Voisiku_vallavalitsus, lk 256
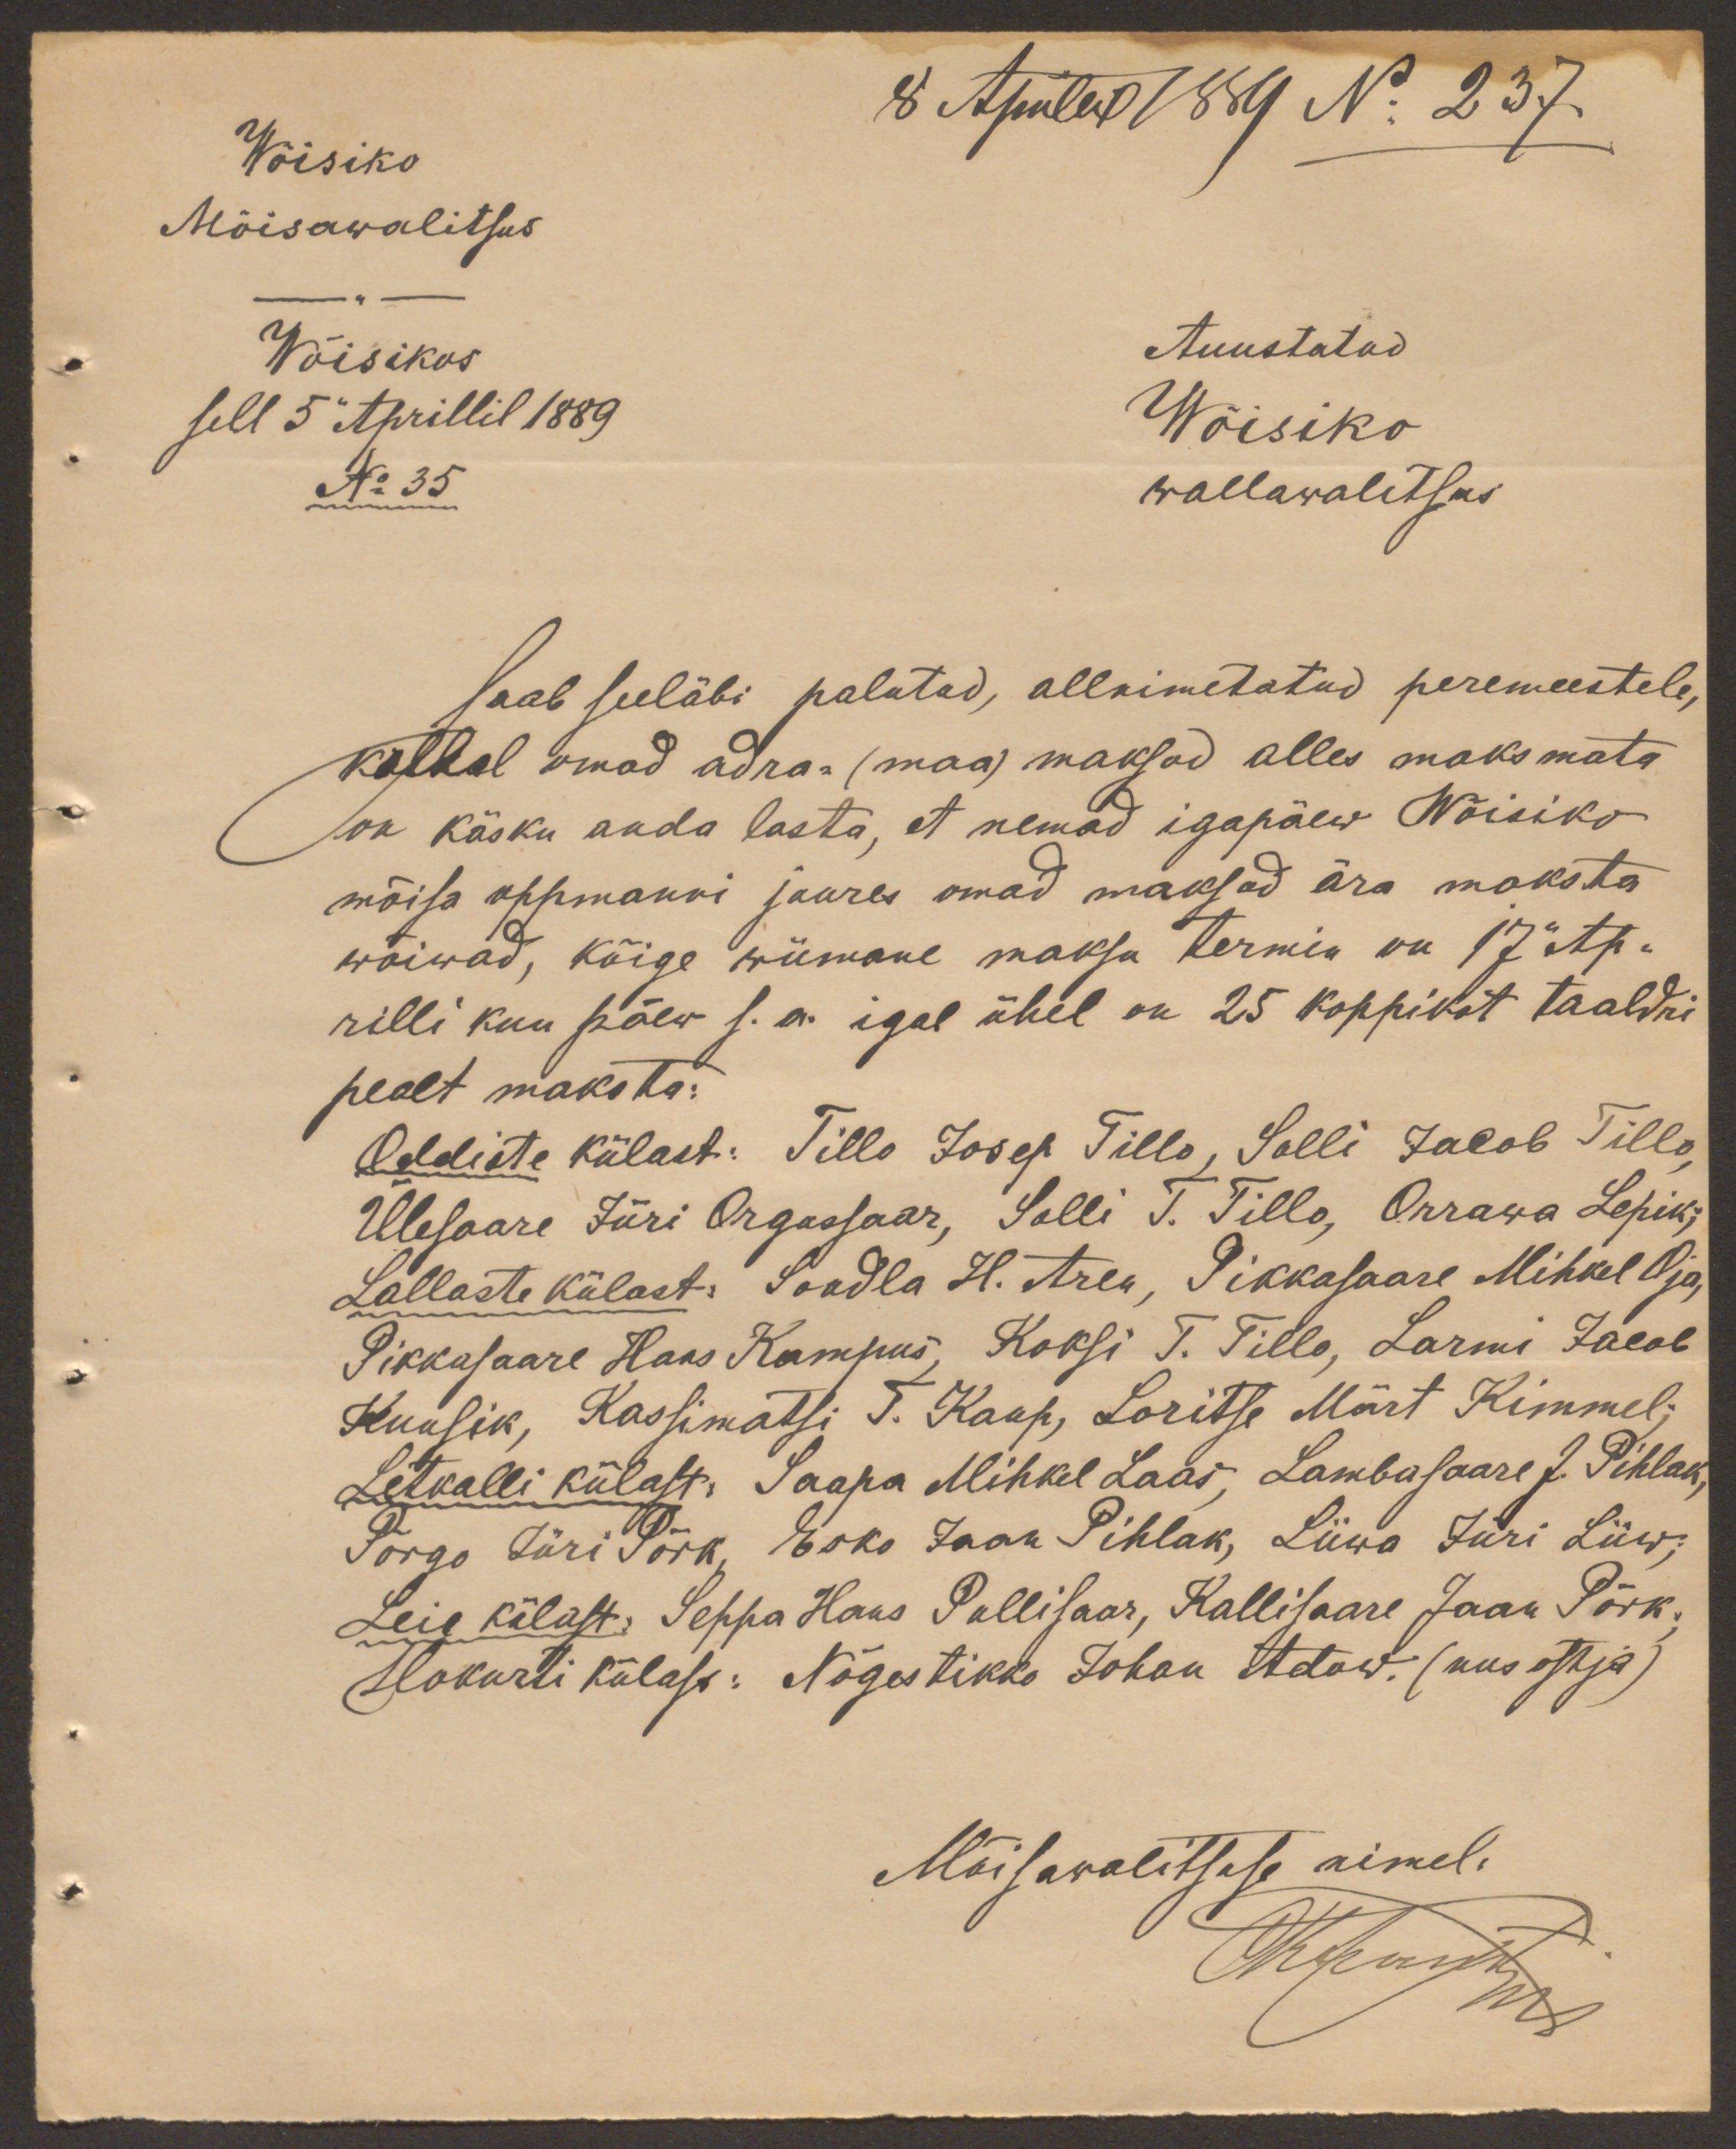
Wõisiko
8 Aprilil 1889 No 237.
Mõisawalitsus
Wõisikos
Auustatud
sell 5. Aprillil 1889
Wõisiko
No 35
wallawalitsus
saab seeläbi palutud, allnimetatud peremeestele,
kellel omad adra- (maa) maksud alles maksmata
on käsku anda lasta, et nemad igapäew Wõisiko
mõisa oppmanni juures omad maksud ära maksta
wõiwad, kõige wiimane maksu termin on 17. Ap-
rilli kuu päew s.a. igal ühel on 25 koppikst taaldri
pealt maksta:
Oddiste külast: Tillo Josep Tillo, Solli Jacob Tillo
Ülesaare Jüri Orgussaar, Solli T. Tillo, Orrawa Lepik;
Lallaste külast: Soodla H. Aren, Pikkasaare Mihkel Oja,
Pikkasaare Hans Kampus, Koksi T. Tillo, Larmi Jacob
Kuusik, Kassimatsi T. Kaup, Loritse Märt Kimmel;
Letkalli külast: Saapa Mihkel Laas, Lambasaare J. Pihlak,
Põrgo Jüri Põrk, Esko Jaan Pihlak, Liiwa Jüri Liiw;
Leie külast: Seppa Hans Pullisaar, Kallisaare Jaan Põrk.
Hokurti külast: Nõgestikko Johan Adow. (uus otsja)
Mõisawalitsuse nimel:
Otsustan